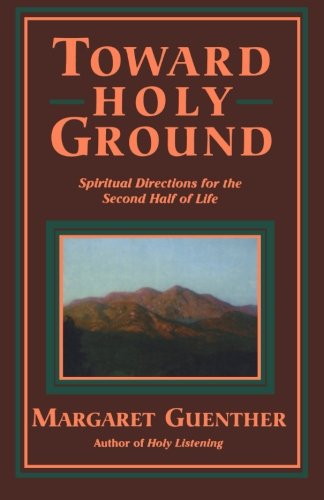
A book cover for Toward Holy Ground: Spiritual Directions for the Second Half of Life; Margaret Guenther; Self-Help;